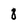
Character: 8